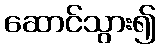
ဆောင်သွား၍